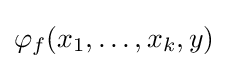
\varphi _{f}(x_{1},\dots ,x_{k},y)